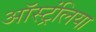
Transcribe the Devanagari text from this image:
ऑस्ट्रंलिया